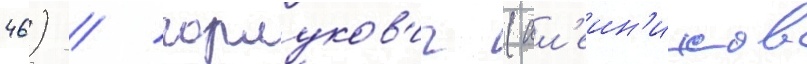
46) / горлуков'ич (ал'еин'иков